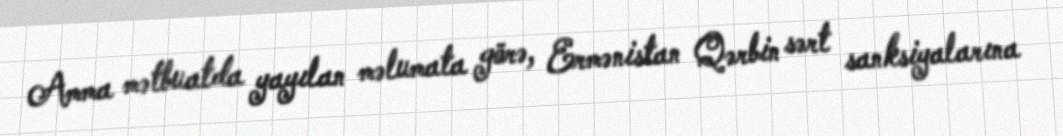
Amma mətbuatda yayılan məlumata görə, Ermənistan Qərbin sərt sanksiyalarına